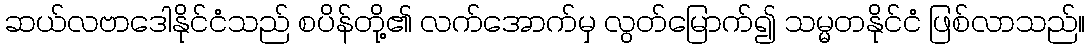
ဆယ်လဗာဒေါနိုင်ငံသည် စပိန်တို့၏ လက်အောက်မှ လွတ်မြောက်၍ သမ္မတနိုင်ငံ ဖြစ်လာသည်။